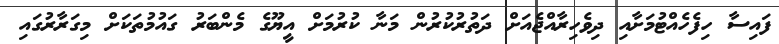
ފައިސާ ހިފެހެއްޓުމަށާއި ދިވެހިރާއްޖެއަށް ދަތުރުކުރުން މަނާ ކުރުމަށް އީޔޫގެ މެންބަރު ގައުމުތަކަށް މިގަރާރުގައި